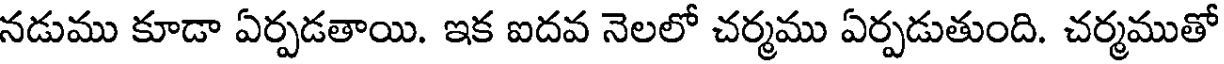
నడుము కూడా ఏర్పడతాయి. ఇక ఐదవ నెలలో చర్మము ఏర్పడుతుంది. చర్మముతో